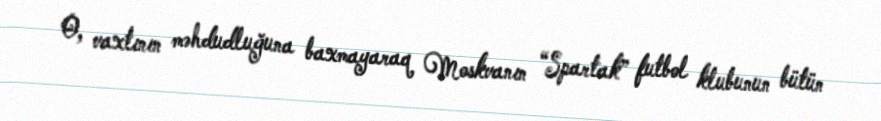
O, vaxtının məhdudluğuna baxmayaraq Moskvanın “Spartak” futbol klubunun bütün